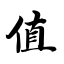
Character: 值